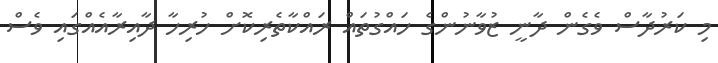
މި ކަރުދާސް ވެގެން ދާނީ ޒުވާނުންގެ ހައްގުތައް ރައްކާތެރިކޮށް ހުރިހާ ދާއިރާއެއްގައި ވެސް